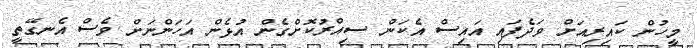
މީހުން ކައިރިއަށް ވަދެފައި އައިސް އެކަން ސިއްރުކޮށްގެން އުޅެން އަހަންނަށް ވެސް އެނގޭތީ